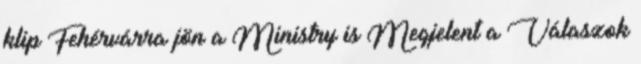
klip Fehérvárra jön a Ministry is Megjelent a Válaszok